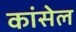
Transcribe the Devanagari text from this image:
कांसेल